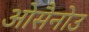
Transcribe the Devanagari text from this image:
ओसैनोउ